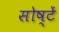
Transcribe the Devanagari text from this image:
सोष्टें